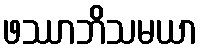
ဖဿာဘိသမယာ